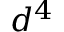
d ^ { 4 }